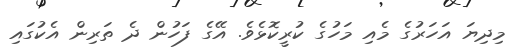
މިދިޔަ އަހަރުގެ މެއި މަހުގެ ކުރީކޮޅެވެ. އޭގެ ފަހުން ދެ ތަރިން އެކުގައި